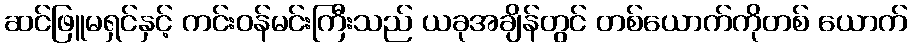
ဆင်ဖြူမရှင်နှင့် ကင်းဝန်မင်းကြီးသည် ယခုအချိန်တွင် တစ်ယောက်ကိုတစ် ယောက်